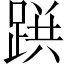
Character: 𨂚